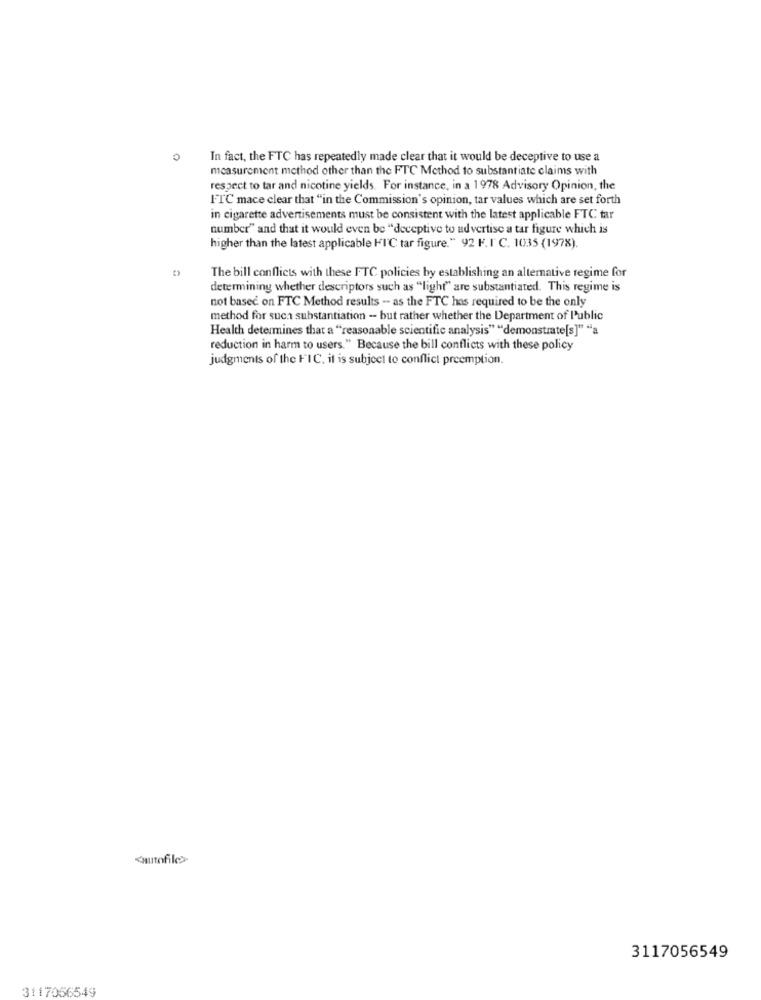
0
In fact, the FTC has repeatedly made clear that it would be deceptive to use a
measurement method other than the FTC Method to substantiate claims with
respect to tar and nicotine yields. For instance, in a 1978 Advisory Opinion, the
FTC mace clear that "in the Commission's opinion, tar values which are set forth
in cigarette advertisements must be consistent with the latest applicable FTC tar
number" and that it would even be "deceptive to advertise a tar figure which is
higher than the latest applicable HIC tar figure." 92 F. I' C. 1035 (1978).
The bill conflicts with these FTC policies by establishing an alternative regime for
determining whether descriptors such as "light" are substantiated. This regime is
not based on FTC Method results -- as the FTC has required to be the only
method for such substantiation - but rather whether the Department of Public
Health determines that a ""reasonable scientific analysis" "demonstrate[s]" "a
reduction in harm to users." Because the bill conflicts with these policy
judgments of the FIC, it is subject to conflict preemption.
"autofiles
3117056549
3117056549